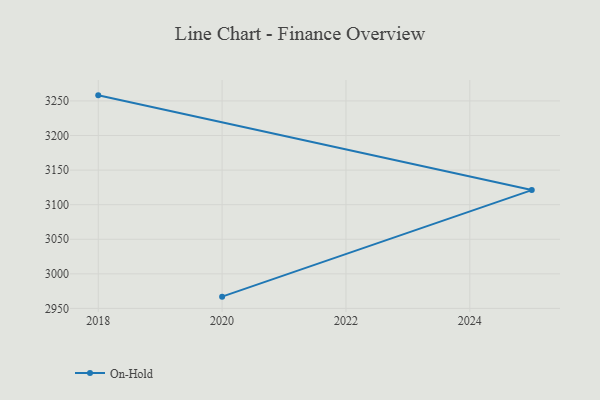
{"axis": {"x": "Year", "y": "Operating Costs (USD K)"}, "legend": ["On-Hold"], "data": [{"x": "2018", "y": 3258.1, "type": "On-Hold"}, {"x": "2025", "y": 3121.1, "type": "On-Hold"}, {"x": "2020", "y": 2967.0, "type": "On-Hold"}]}